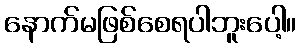
နောက်မဖြစ်စေရပါဘူးပေါ့။